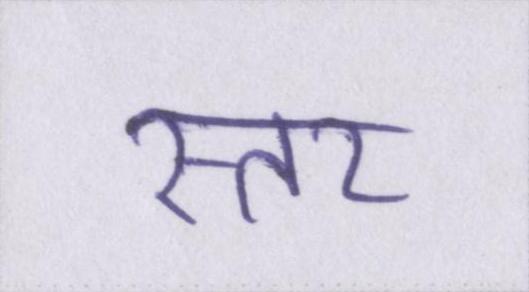
स्तर